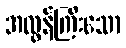
အလွန်ကြီးသော